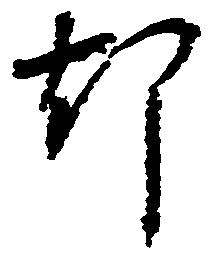
却